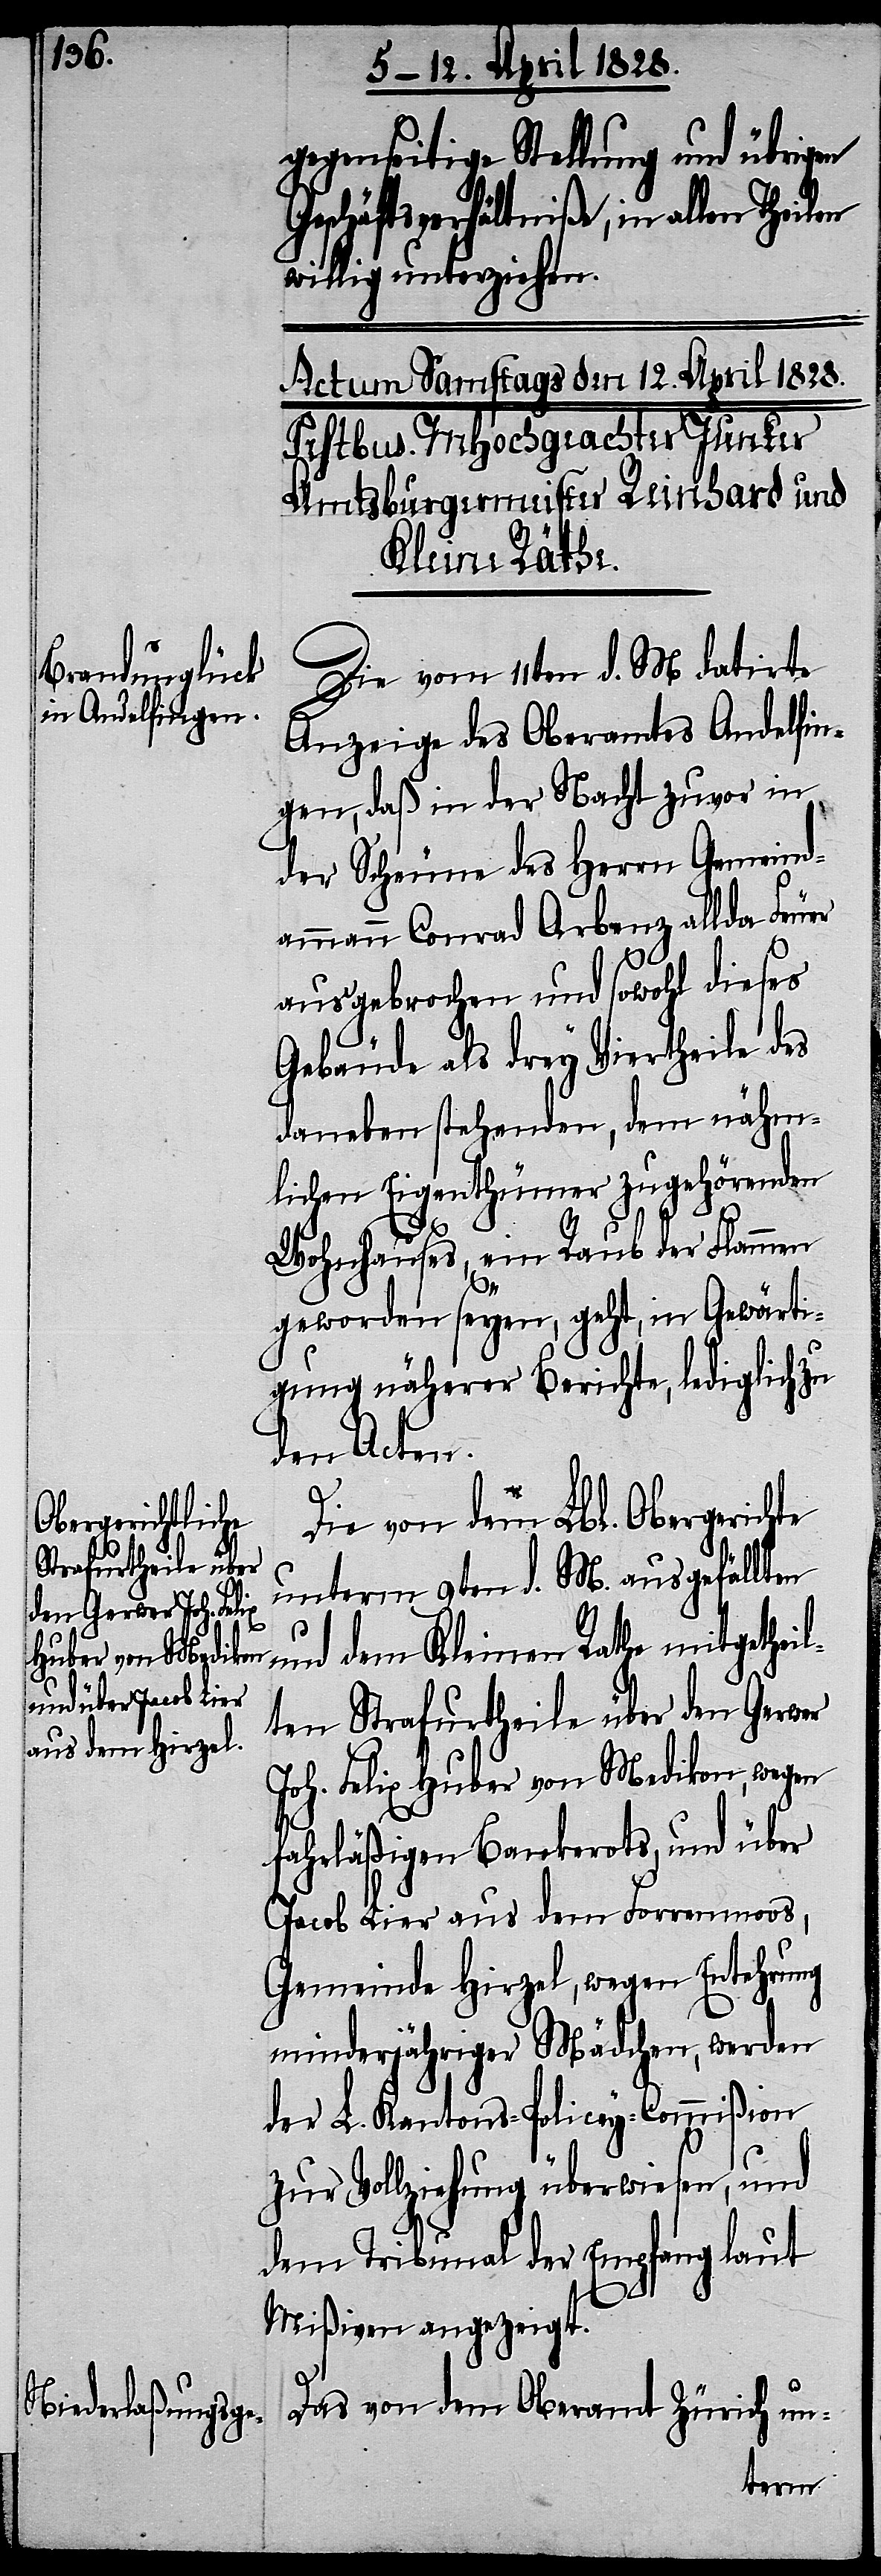
gegenseitige Stellung und übrigen
Geschäftsverhältniße, in allen
willig unterziehen.
Die vom 11ten d. M. datirte
Anzeige des Oberamtes Andelfin¬
gen, daß in der Nacht zuvor in
der Scheune des Herrn Gemeind¬
ammann Conrad Arbenz allda Feuer
ausgebrochen und sowohl dieses
Gebäude als drey Viertheile des
daneben stehenden, dem nähm¬
lichen Eigenthümer zugehörenden
Wohnhauses, ein Raub der Flammen
geworden seyen, geht, in Gewärti¬
gung näherer Berichte, lediglich zu
den Acten.
Die von dem Lbl. Obergerichte
unterm 9ten d. M. ausgefällten
und dem Kleinen Rathe mitgetheil¬
ten Strafurtheile über den Gerwer
Joh. Felix Huber von Medikon, wegen
fahrlässigen Bankerots, und über
Jacob Fier aus dem Forrenmoos,
Gemeinde Hirzel, wegen Entehrung
minderjähriger Mädchen, werden
der L. Kantons-Policey-Commißion
zur Vollziehung überwiesen, und
dem Tribunal der Empfang laut
Mißiven angezeigt.
Das von dem Oberamt Zürich un-